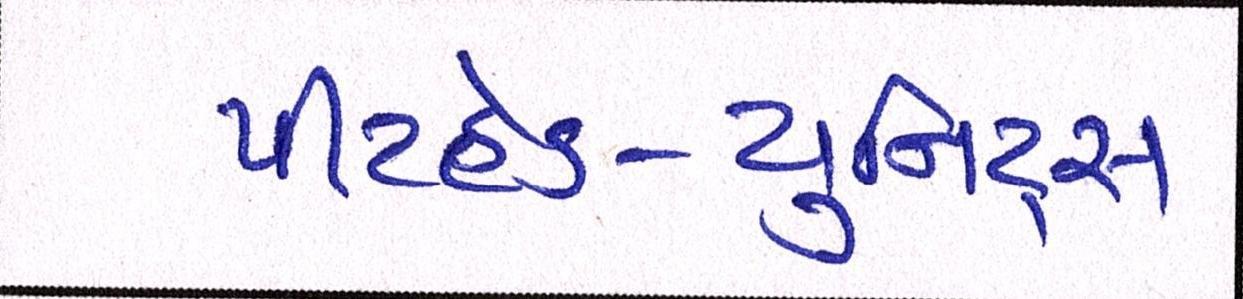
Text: પીટહેડ-યુનિટ્સ